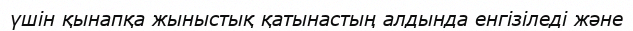
үшін қынапқа жыныстық қатынастың алдында енгізіледі және